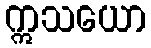
ဣသယော